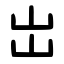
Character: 岀